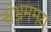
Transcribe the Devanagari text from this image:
संभ्रममय